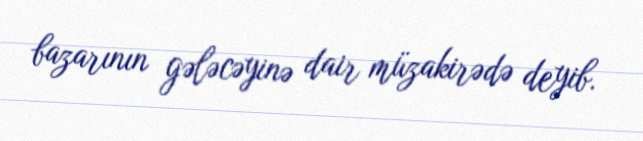
bazarının gələcəyinə dair müzakirədə deyib.